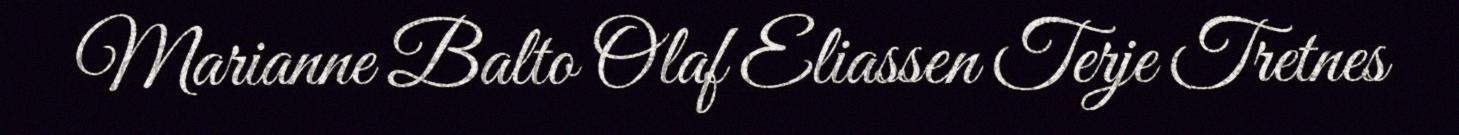
Marianne Balto Olaf Eliassen Terje Tretnes